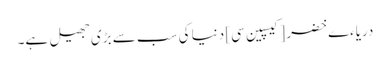
دریاءے خضر [کیسپین سی] دنیا کی سب سے بڑی جھیل ہے۔